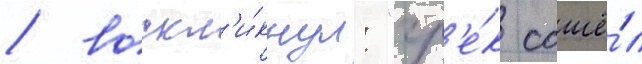
/ воскл'и́кнул: "гр'е́к сошё́л